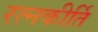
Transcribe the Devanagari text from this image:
रत्‍नकीर्ति